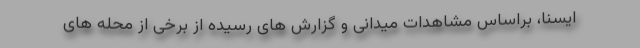
ایسنا، براساس مشاهدات میدانی و گزارش های رسیده از برخی از محله های